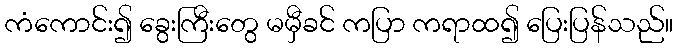
ကံကောင်း၍ ခွေးကြီးတွေ မမှီခင် ကပြာ ကရာထ၍ ပြေးပြန်သည်။